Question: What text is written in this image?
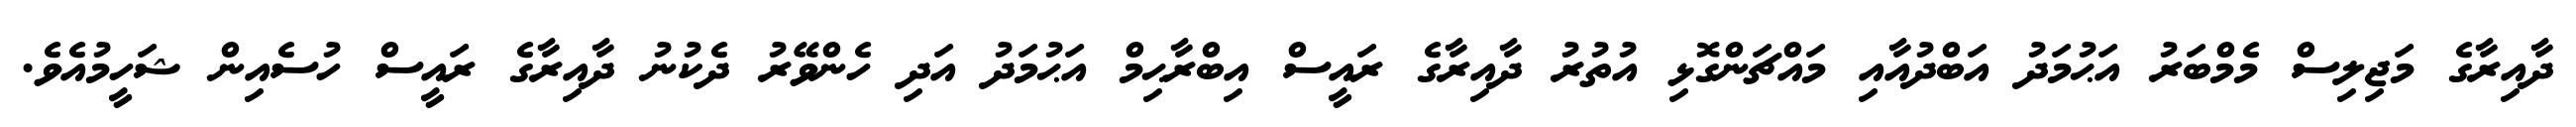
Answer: ދާއިރާގެ މަޖިލިސް މެމްބަރު އަޙުމަދު އަބްދުއާއި މައްޗަންގޮޅި އުތުރު ދާއިރާގެ ރައީސް އިބްރާޙިމް އަޙުމަދު އަދި ހެންވޭރު ދެކުނު ދާއިރާގެ ރައީސް ހުސެއިން ޝަހީމުއެވެ.